Source: Handwritten
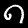
Digit: ၈ (8)